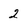
Character: 2